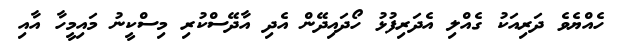
ހެއްޔެވެ ދަރިއަކު ގެއްލި އެދަރިފުޅު ހޯދައިދޭން އެދި އާދޭސްކުރި މިސްކީނު މައިމީހާ އާއި